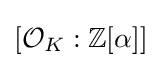
[{\mathcal {O}}_{K}:\mathbb {Z} [\alpha ]]